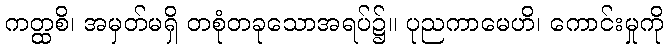
ကတ္ထစိ၊ အမှတ်မရှိ တစုံတခုသောအရပ်၌။ ပုညကာမေဟိ၊ ကောင်းမှုကို